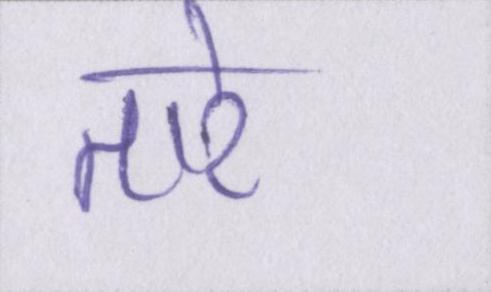
तारे